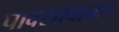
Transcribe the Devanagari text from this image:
पावसाबाबत